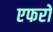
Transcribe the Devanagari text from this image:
एफरो